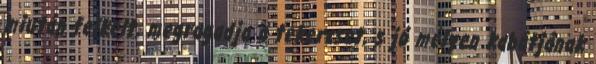
miután felkelt, megragadja a tekercset, s jó mélyen kabátjának